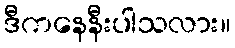
ဒီကနေနီးပါသလား။